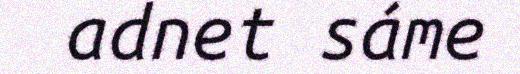
adnet sáme